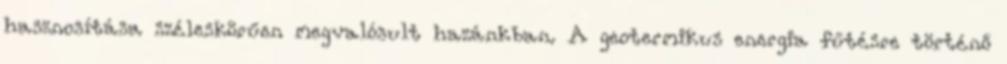
hasznosítása széleskörűen megvalósult hazánkban. A geotermikus energia fűtésre történő